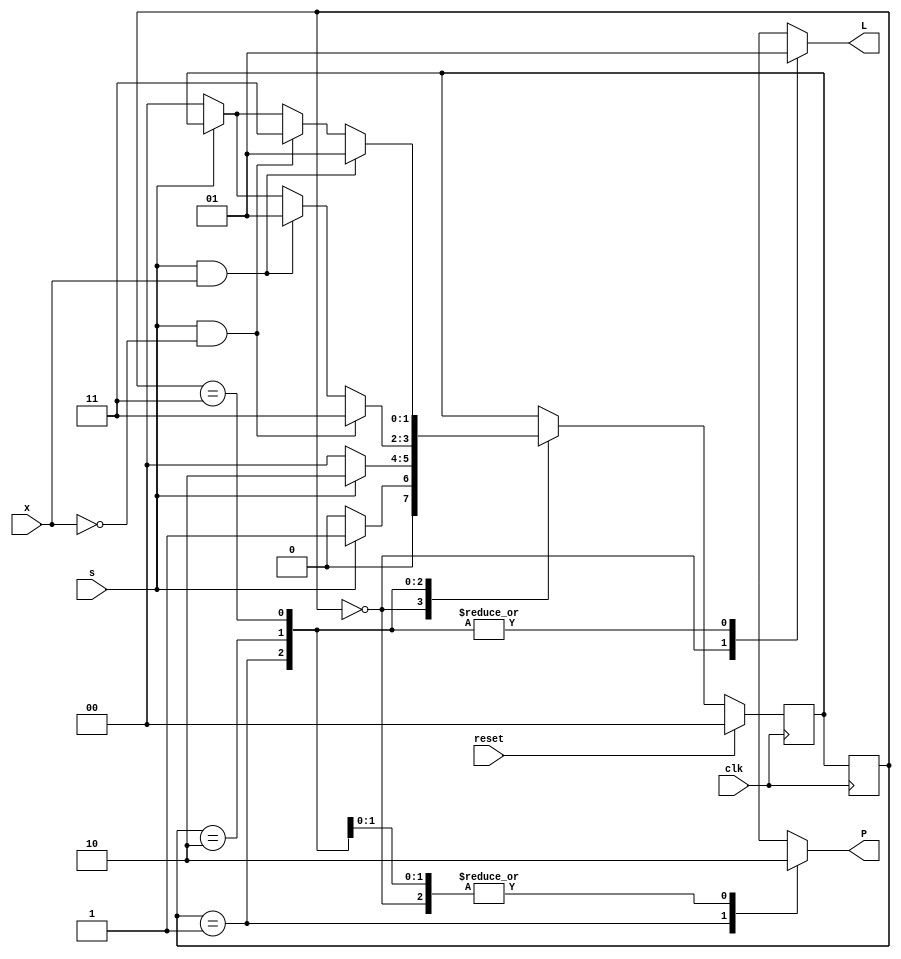
module pulse_generator(clk,reset,s,x,P,L);
    input clk,reset,s,x;//Generate a single pulse when s=1
    output reg P,L; //and generate multiple pulses when
    localparam s0=2'b00,//s=1 and x=1.
               s1=2'b01,
               s2=2'b10,
               s3=2'b11;
    reg [1:0]state;
    reg [1:0]next_state;
    initial state<=s0;
    always@(posedge clk)
        begin
            state<=next_state;
        end
    always@(posedge clk)
        begin
            if(reset)
                next_state<=s0;
            else if(!reset)
                begin
                    case(state)
                        s0: begin
                            if(s==1)
                                next_state<=s1;
                            else if(s==0)
                                next_state<=s0;
                        end
                        s1: begin
                            if(s==1)
                                next_state<=s2;
                            else if(s==0)
                                next_state<=s0;
                        end
                        s2: begin
                            if((s==1)&&(x==0))
                                next_state<=s3;
                            else if((s==1)&&(x==1))
                                next_state<=s1;
                            else if(s==0)
                                next_state<=s0;
                        end
                        s3: begin
                            if((s==1)&&(x==1))
                                next_state<=s1;
                            else if((s==1)&&(x==0))
                                next_state<=s3;
                            else if(s==0)
                                next_state<=s0;
                        end
                    endcase
                end
        end
    always@(state)
        begin
            case(state)
                s0:begin
                    P=0;
                    L=0;
                end
                s1:begin
                    P=1;
                    L=1;
                end
                s2:begin
                    P=0;
                    L=1;
                end
                s3:begin
                    P=0;
                    L=1;
                end
                default:begin
                    P=0;
                    L=0;
                end
            endcase
        end
endmodule